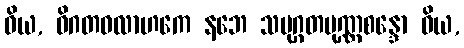
ဝိယ, ဝိဂတဝလာဟကေ နဘေ သမုဂ္ဂတပုဏ္ဏစန္ဒော ဝိယ,